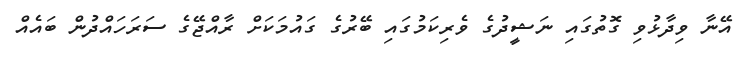
އޭނާ ވިދާޅުވި ގޮތުގައި ނަޝީދުގެ ވެރިކަމުގައި ބޭރުގެ ގައުމަކަށް ރާއްޖޭގެ ސަރަހައްދުން ބައެއް